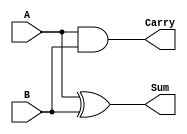
module half_adder (
    input wire A,
    input wire B,
    output wire Sum,
    output wire Carry
);
    assign Sum = A ^ B;      // XOR for Sum
    assign Carry = A & B;    // AND for Carry
endmodule